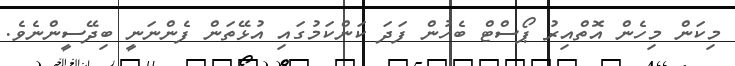
މިކަން މިހެން އޮތްއިރު ޕޯސްޓް ބެހުން ފަދަ ކަންކަމުގައި އުޅޭތަން ފެންނަނީ ބިދޭސީންނެވެ.